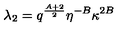
\lambda _ { 2 } = q ^ { \frac { A + 2 } { 2 } } \eta ^ { - B } \kappa ^ { 2 B }